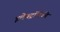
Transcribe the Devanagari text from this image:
इलेवट्रॉनिकी